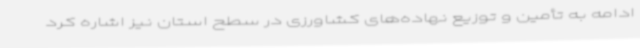
ادامه به تأمین و توزیع نهاده‌های کشاورزی در سطح استان نیز اشاره کرد